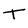
Character: T